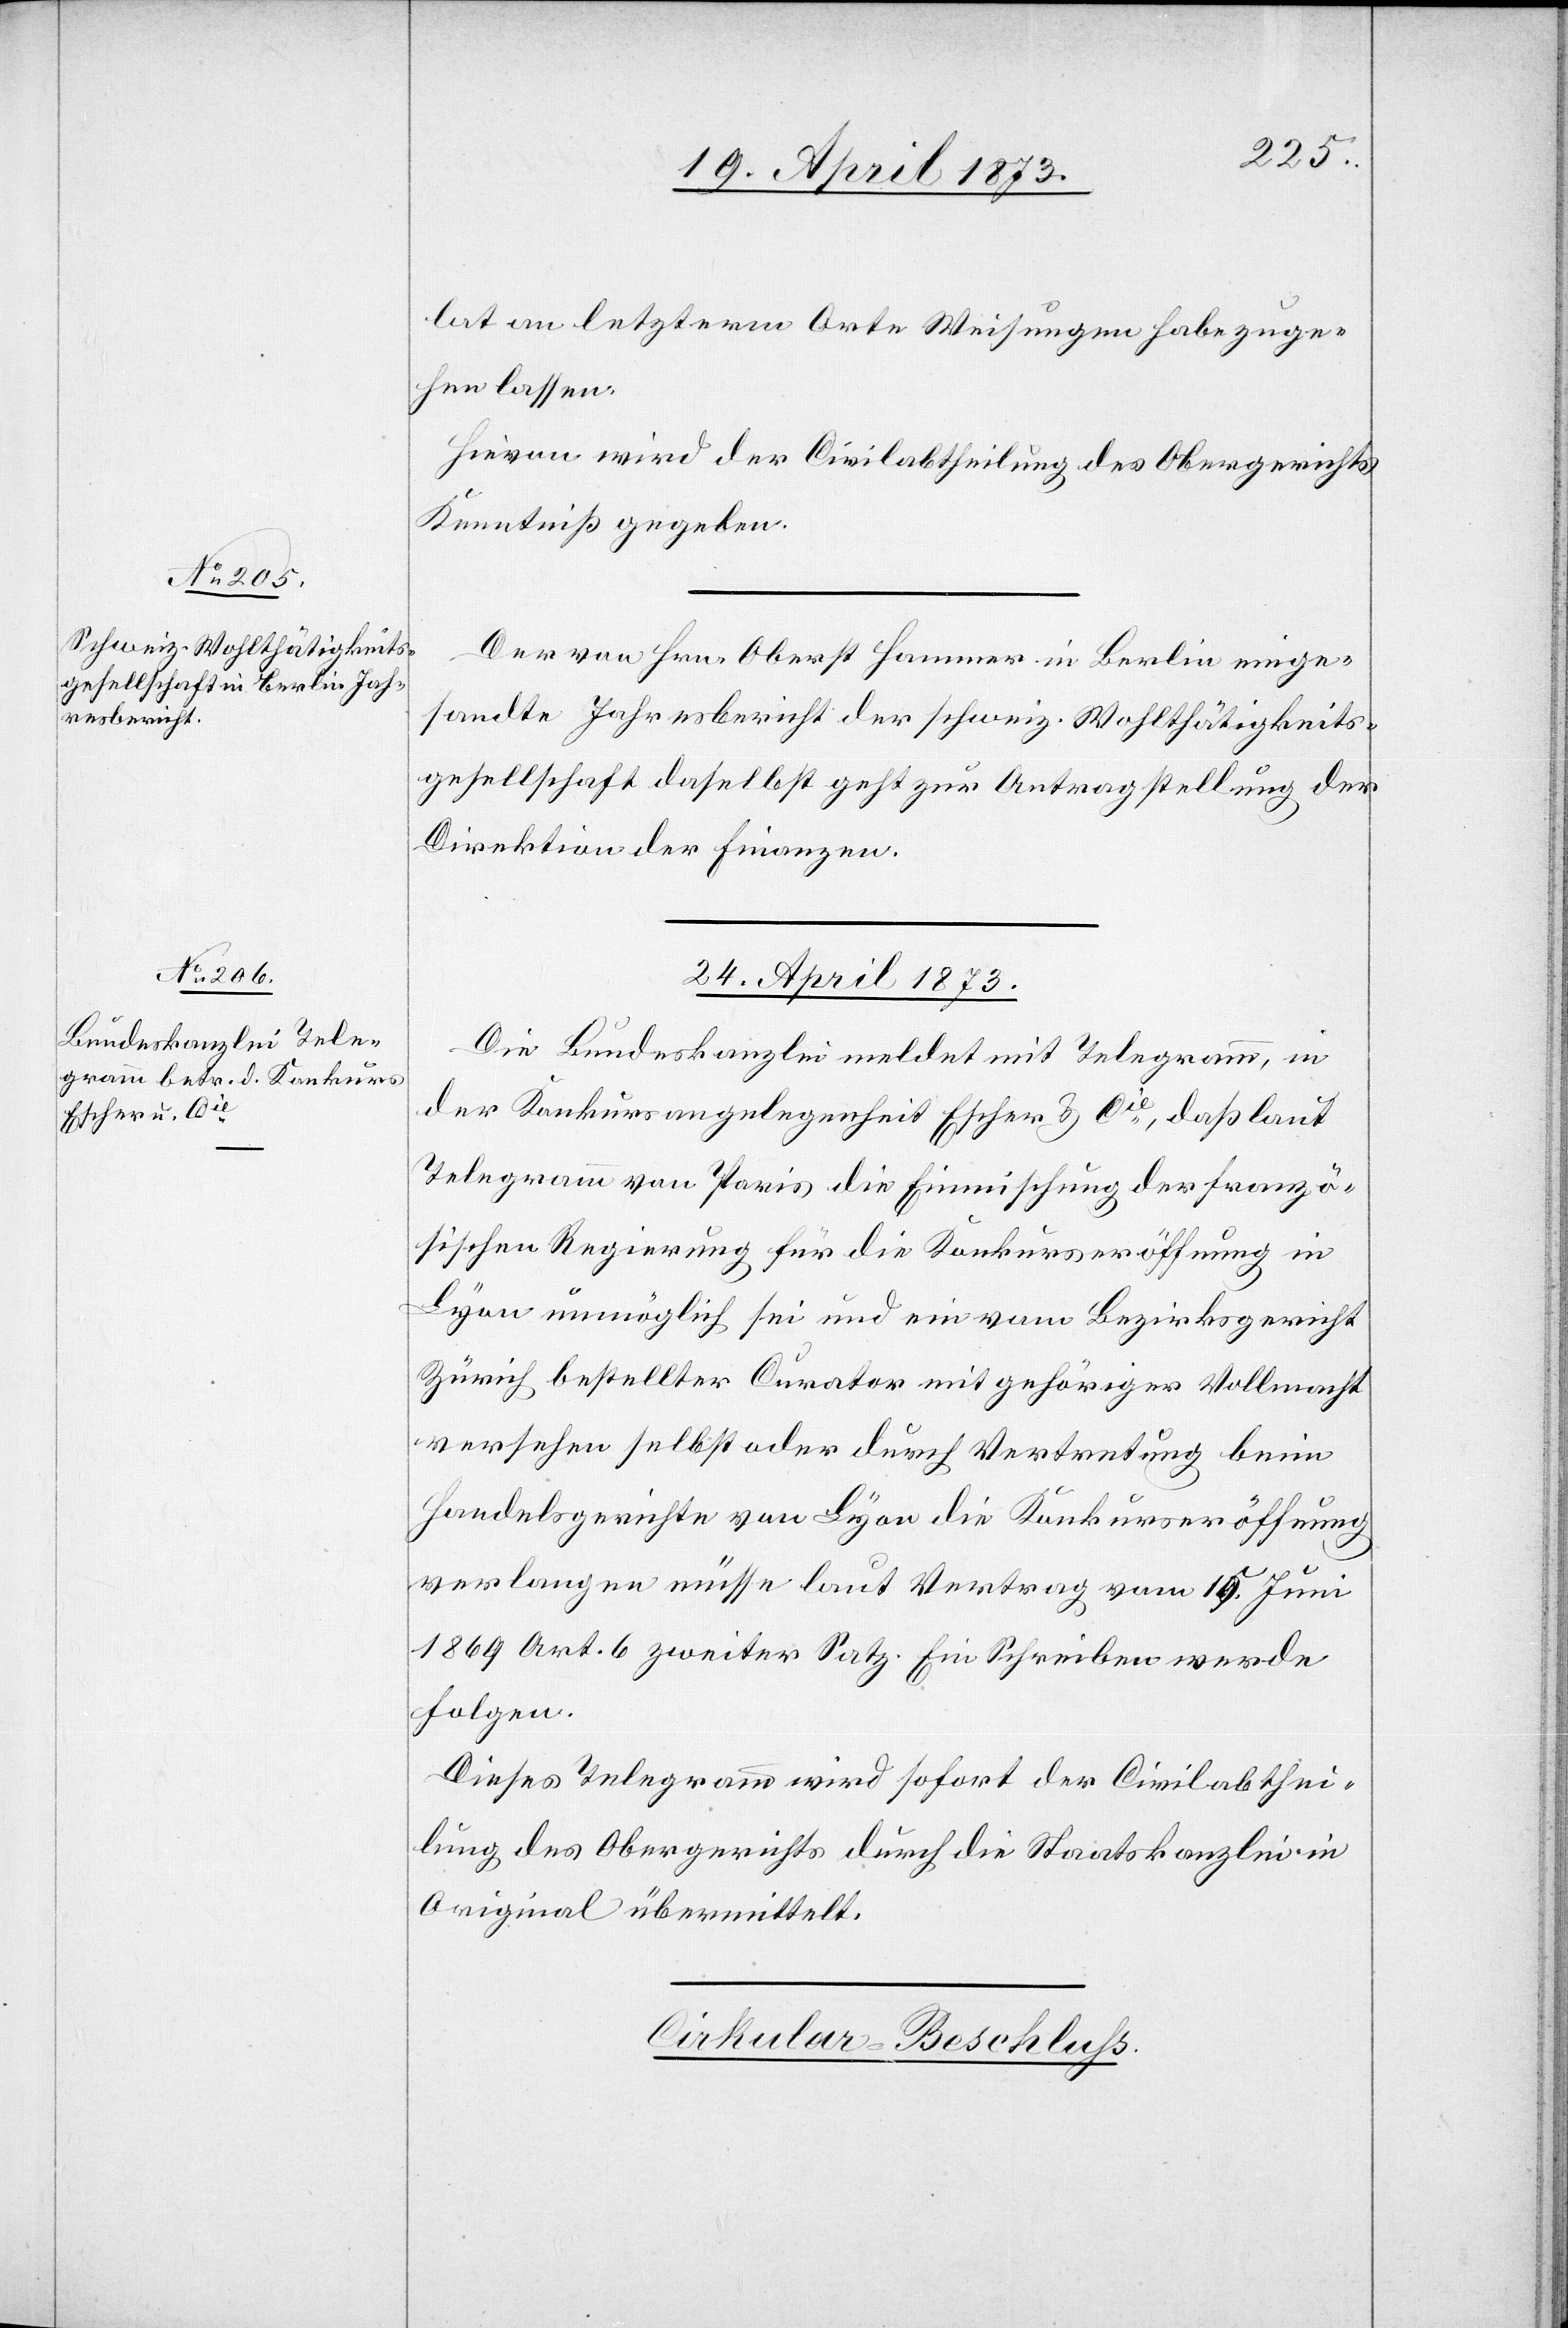
lat am letztern Orte Weisungen habe zuge¬
hen lassen.
Hievon wird der Civilabtheilung des Obergerichts
Kenntniß gegeben.
Der von Hrn. Oberst Hammer in Berlin einge¬
sandte Jahresbericht der schweiz. Wohlthätigkeits¬
gesellschaft daselbst geht zur Antragstellung der
Direktion der Finanzen.
24. April 1873
Die Bundeskanzlei meldet mit Telegramm, in
der Konkursangelegenheit Escher & Cie, daß laut
Telegramm von Paris die Einmischung der franzö¬
sischen Regierung für die Konkurseröffnung in
Lyon unmöglich sei und ein vom Bezirksgericht
Zürich bestellter Curator mit gehöriger Vollmacht
versehen selbst oder durch Vertretung beim
Handelsgerichte von Lyon die Konkurseröffnung
verlangen müsse laut Vertrag vom 1[?5]. Juni
1869 Art. 6 zweiter Satz. Ein Schreiben werde
folgen.
Dieses Telegramm wird sofort der Civilabthei¬
lung des Obergerichts durch die Staatskanzlei in
Original übermittelt.
Cirkular-Beschluss